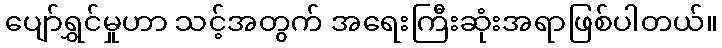
ပျော်ရွှင်မှုဟာ သင့်အတွက် အရေးကြီးဆုံးအရာဖြစ်ပါတယ်။